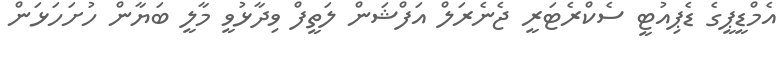
އެމްޑީޕީގެ ޑެޕިއުޓީ ސެކްރެޓަރީ ޖެނެރަލް އަފްޝަން ލަތީފް ވިދާޅުވީ މާލީ ބަޔާން ހުށަހަޅަން